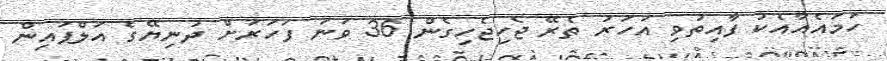
ހަމައެއާއެކު ފާއިތުވި އަހަރު ތެރޭ ޖެހިޖެހިގެން 36 ވަނަ ފަހަރަށް ދުނިޔޭގެ އަލްޕައިން